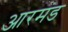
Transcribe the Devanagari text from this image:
आरमंड